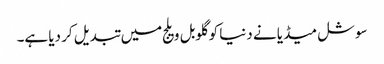
سوشل میڈیا نے دنیا کو گلوبل ویلج میں تبدیل کر دیا ہے۔